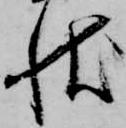
状